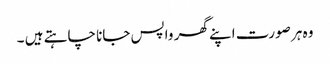
وہ ہر صورت اپنے گھر واپس جانا چاہتے ہیں ۔